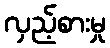
လှည့်စားမှု